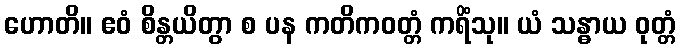
ဟောတိ။ ဧဝံ စိန္တယိတွာ စ ပန ကတိကဝတ္တံ ကရိံသု။ ယံ သန္ဓာယ ဝုတ္တံ